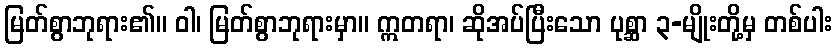
မြတ်စွာဘုရား၏။ ဝါ၊ မြတ်စွာဘုရားမှာ။ ဣတရာ၊ ဆိုအပ်ပြီးသော ပုစ္ဆာ ၃-မျိုးတို့မှ တစ်ပါး